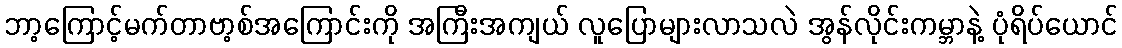
ဘာ့ကြောင့်မက်တာဗာ့စ်အကြောင်းကို အကြီးအကျယ် လူပြောများလာသလဲ အွန်လိုင်းကမ္ဘာနဲ့ ပုံရိပ်ယောင်